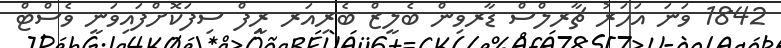
1842 ވަނަ އަހަރު ޗާރލްސް ޑާރވިން ބެލީޒް ބެރިއަރ ރީފް ސިފަކޮށްފައިވަނީ ވެސްޓް